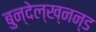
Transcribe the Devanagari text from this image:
बुन्देल्ख्नन्ड